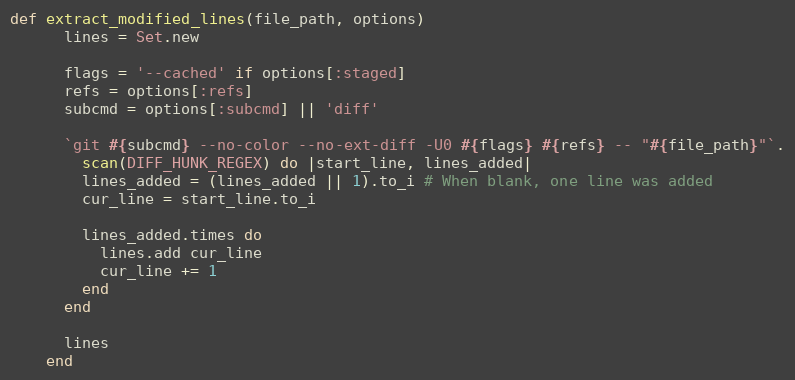
Language: Ruby
def extract_modified_lines(file_path, options)
      lines = Set.new

      flags = '--cached' if options[:staged]
      refs = options[:refs]
      subcmd = options[:subcmd] || 'diff'

      `git #{subcmd} --no-color --no-ext-diff -U0 #{flags} #{refs} -- "#{file_path}"`.
        scan(DIFF_HUNK_REGEX) do |start_line, lines_added|
        lines_added = (lines_added || 1).to_i # When blank, one line was added
        cur_line = start_line.to_i

        lines_added.times do
          lines.add cur_line
          cur_line += 1
        end
      end

      lines
    end